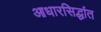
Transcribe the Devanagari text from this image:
आधारसिद्धांत